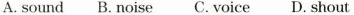
A. sound B.Noise C. Voice D. Shout